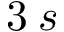
3 \: s